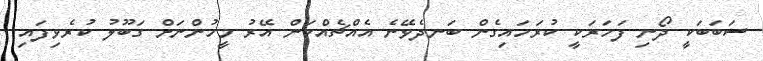
ސަބަބަކީ ދޯނި ފަހަރަކީ ކުރަހައިގެން ބަނދެވޭނެ އެއްޗެއްކަން އޭރު މީހުންނަށް ގަބޫލު ކުރެވިފައި